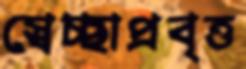
স্বেচ্ছাপ্রবৃত্ত